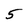
Character: 5